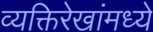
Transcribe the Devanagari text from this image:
व्यक्तिरेखांमध्ये